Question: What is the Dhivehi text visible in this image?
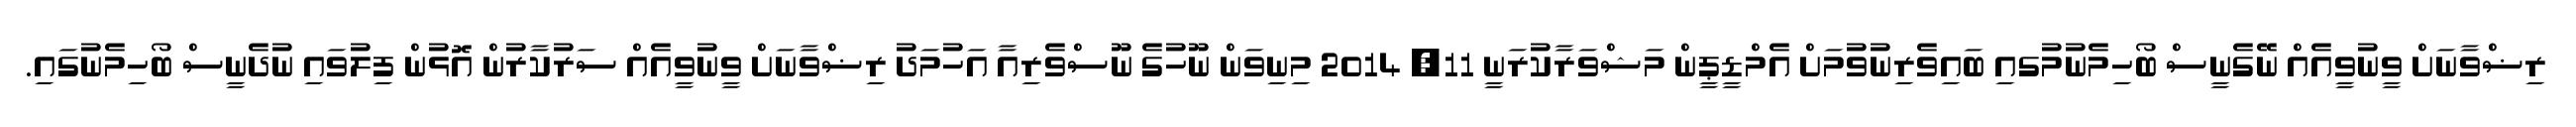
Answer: ރިޟްވާނަށް ވީނުވީއެއް ނޭގެނީސް ބޯހިމެނުމުގއި ބައިވެރިނުވުމަށް އެމްޑީޕީން މަޝްވަރާކުރަނީ 11, 2014 މިނިވަން ނޫހުގެ ނޫސްވެރިއާ އަހުމަދު ރިޟްވާނަށް ވީނުވީއެއް ސަރުކާރުން އޮޅުން ފިލުވައި ނުދެނީސް ބޯހިމެނުގައި.